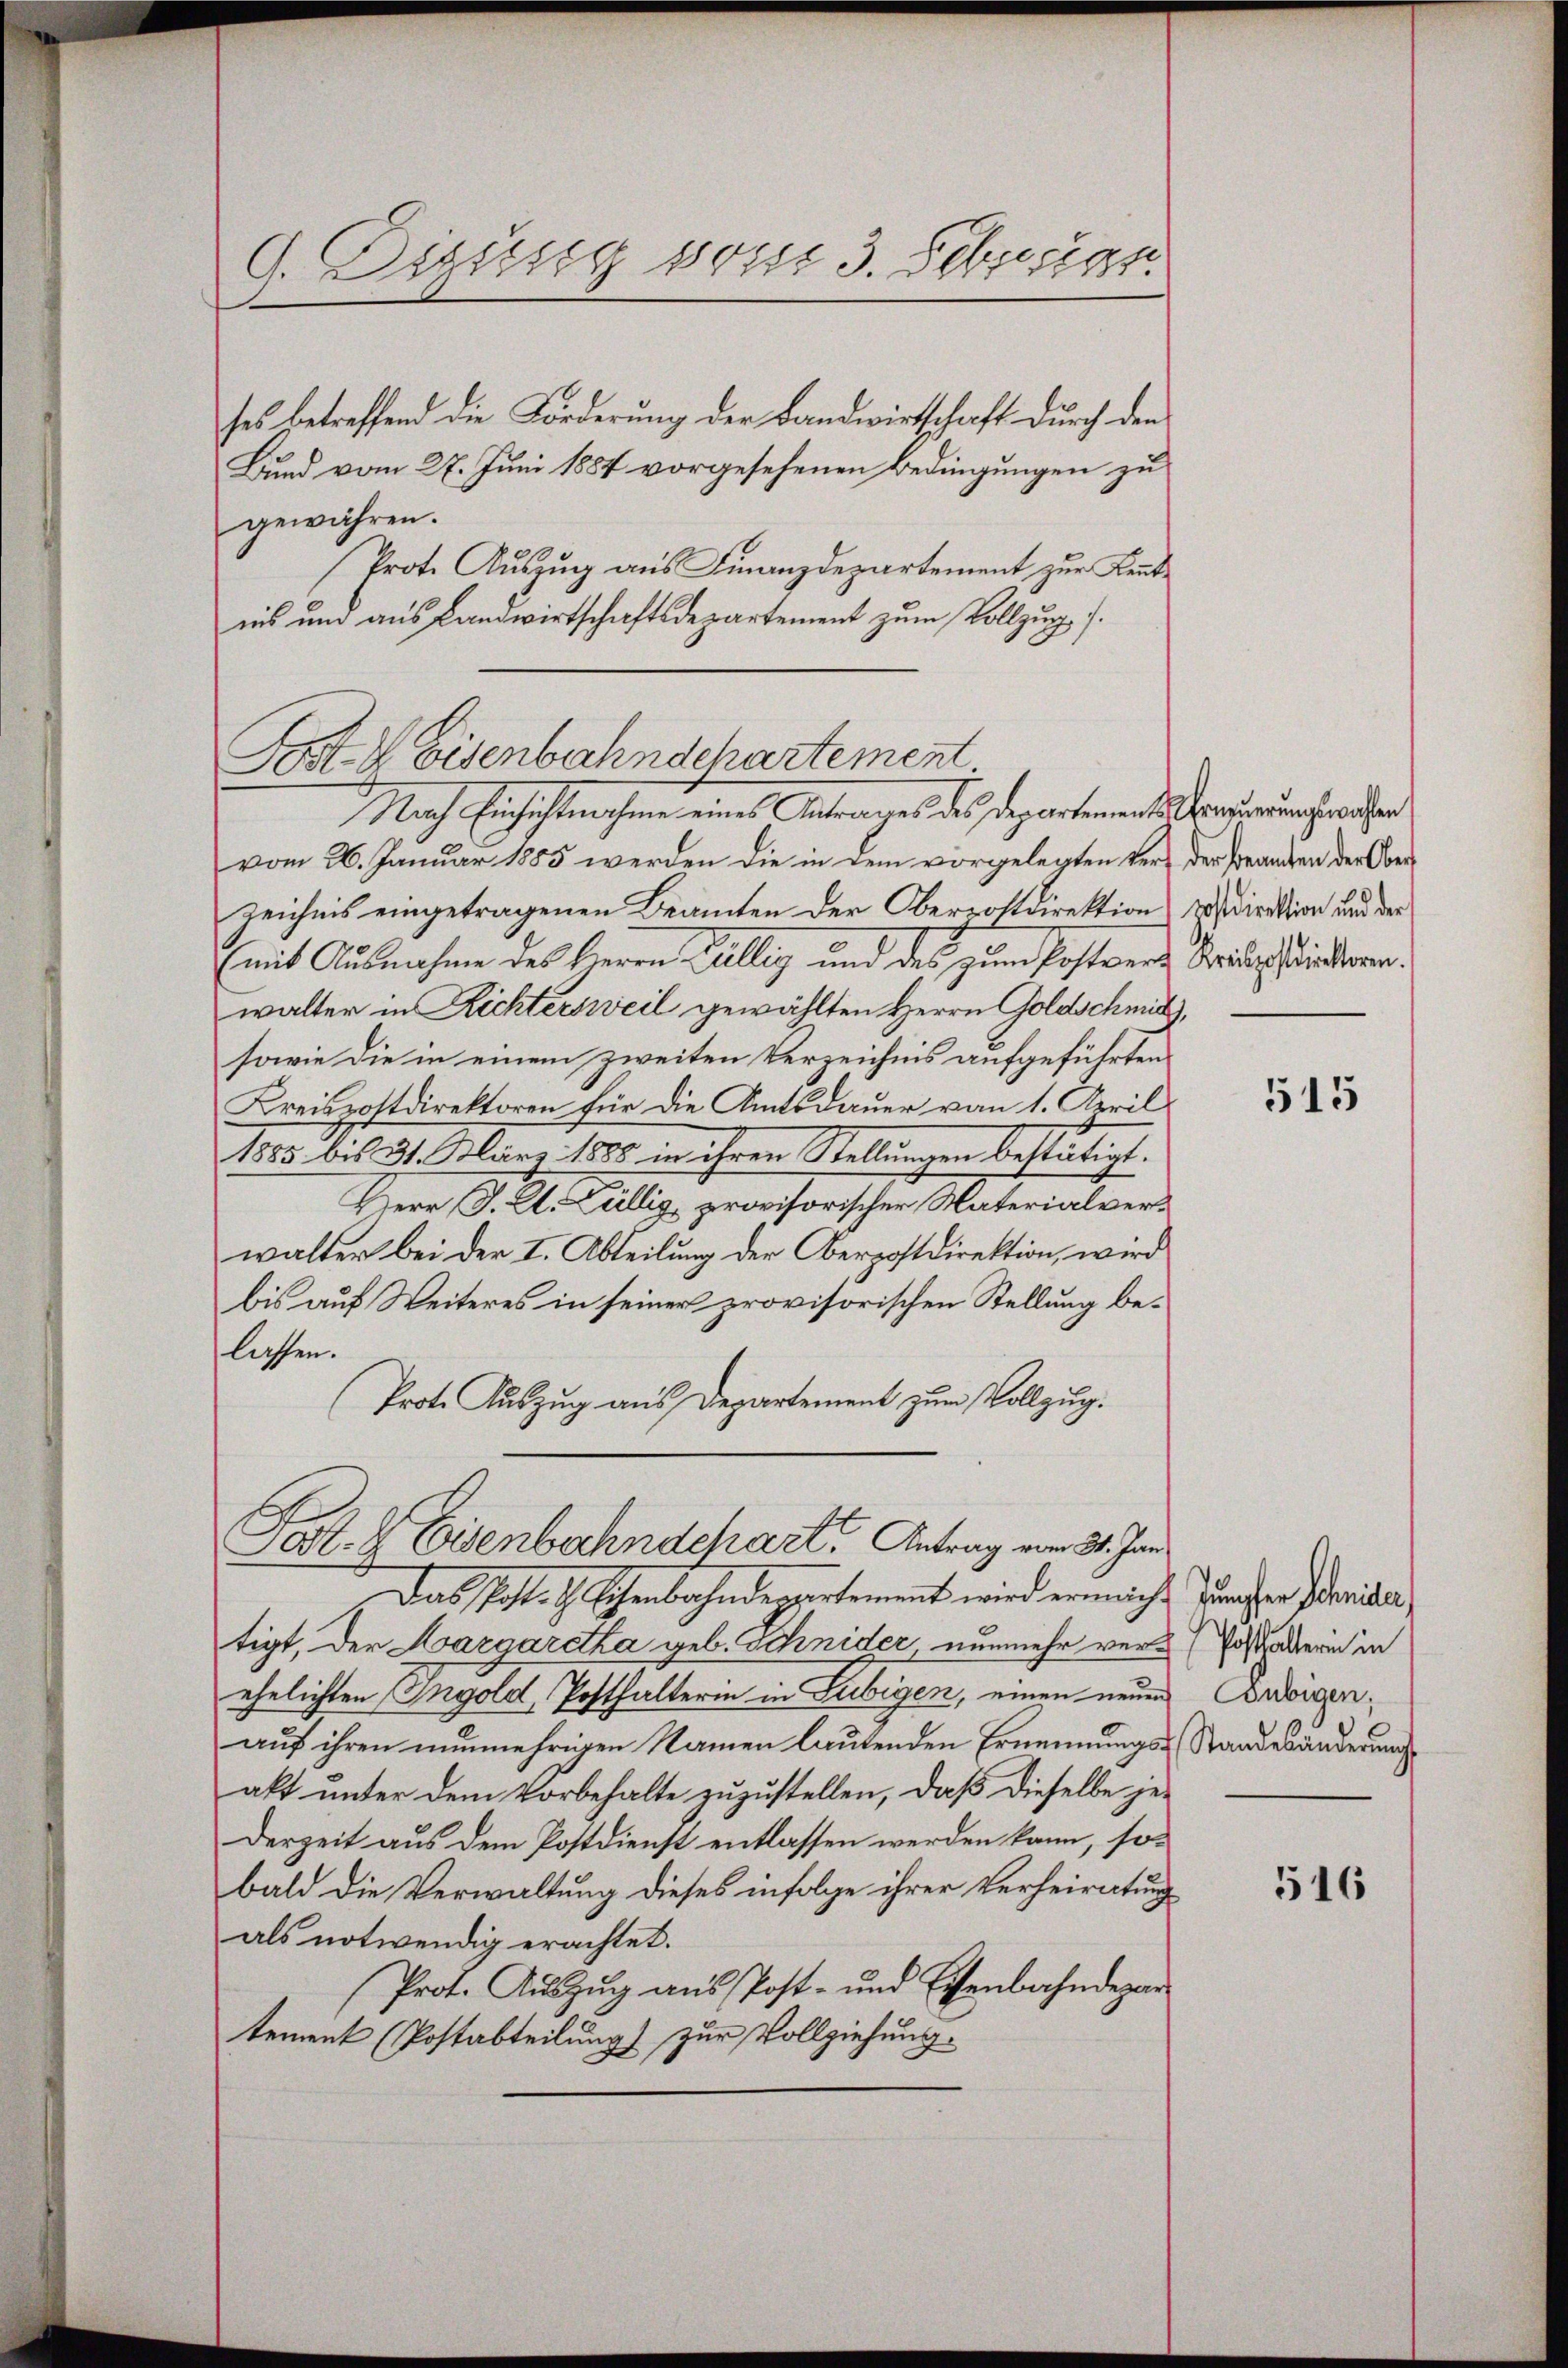
G. Digung vom 3. Seberg.

ses betreffend die Forderung der Landwirtschaft durch den
Bund vom 27. Juni 1884 vorgesehenen Bedingungen zu
gewähren.
Prot. Auszug aus Finanzdepartement zur Kenntnis um aus Landwirtschaftsdepartement zum Vollzug f.
vom 26. Januar 1885 werden die in dem vorgelegten Ver- der Franken der Oberzeichnis eingetragenen Beamten der Oberrostdirektion rasdirektion und der
mit Ausnahme des Herrn Cillig und des zum Postvers Kriegslinderen.
walter in Richtersweil gewählten Herrn Goldschmit
sowie die in einem zweiten Verzeichnis aufgeführten
Kreisrottdirektoren für die Amtsdauer vom 1. April
1885 bis 31. März 1888 in ihren Stellungen bestätigt.
Herr J. A. Gillig, provisorischer Materialver-
walter bei der I. Abteilung der Oberpostdirektion, wird
bis auf Weiteres in seiner provisorischen Stellung belassen.
Prote Auszug aus Departement zum Vollzug.
Fol. L Eisenbahndepart, Antrag vom 21. Jan
Das Post. G. Schenbahndeppartement wird ermacht Zürchten dariser,
tigt, der Margaretha geb. Schnider nunmehr ver-Postaterin in
ehelichten Ingold, Posthalterin in Lubigen, einen neuen Ereigenauf ihren nunmehrigen Namen lautenden Ernennungs- Standesänderung
akt unter dem Vorbehalte zuzustellen, daß dieselbe je¬
Derzeit aus dem Postdienst entlassen werden kann, sobald die Verwaltung dieses infolge ihrer Verheiratung
als notwendig erachtet.
Prot. Aŭszŭg ans Post- und Eisenbahndepar
tement (Postabteilung) zur Vollziehung.

Post- & Eisenbahnschartement
Nach Einsicht nehmen eines Antrages des Departement Oberwundungsrathen

515

516